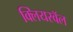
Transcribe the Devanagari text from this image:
क्लियरवॅल